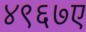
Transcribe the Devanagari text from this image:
४९६७ए